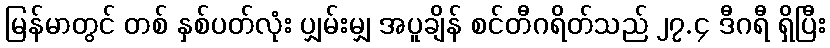
မြန်မာတွင် တစ် နှစ်ပတ်လုံး ပျှမ်းမျှ အပူချိန် စင်တီဂရိတ်သည် ၂၇.၄ ဒီဂရီ ရှိပြီး